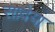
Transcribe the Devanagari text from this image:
सावेया